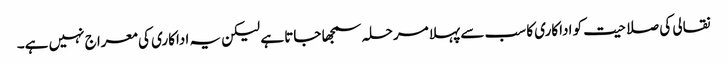
نقالی کی صلاحیت کو اداکاری کا سب سے پہلا مرحلہ سمجھا جاتا ہے لیکن یہ اداکاری کی معراج نہیں ہے۔